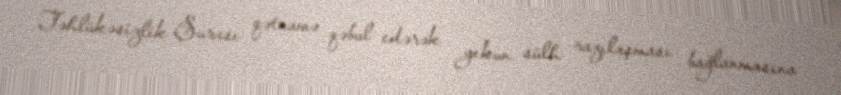
Təhlükəsizlik Şurası qətnamə qəbul edərək yekun sülh razılaşması bağlanmasına